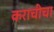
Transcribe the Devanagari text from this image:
कराचीचा